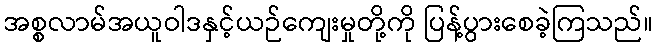
အစ္စလာမ်အယူဝါဒနှင့်ယဉ်ကျေးမှုတို့ကို ပြန့်ပွားစေခဲ့ကြသည်။